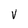
Character: V